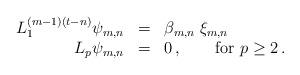
LaTeX: \begin{align*}\begin{array}{rcl} L_1^{(m-1)(t-n)} \psi_{m,n} &=& \beta_{m,n} \; \xi_{m,n}\, \\ L_{p} \psi_{m,n} &=& 0\,, \qquad\hbox{for $p \geq 2$}\,. \end{array} \end{align*}